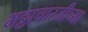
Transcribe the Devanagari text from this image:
भट्टाचारजीच्या